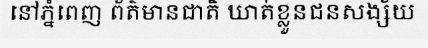
នៅភ្នំពេញ ព័ត៌មានជាតិ ឃាត់ខ្លួនជនសង្ស័យ